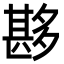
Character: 夦